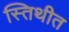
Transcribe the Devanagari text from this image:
स्तिथीत